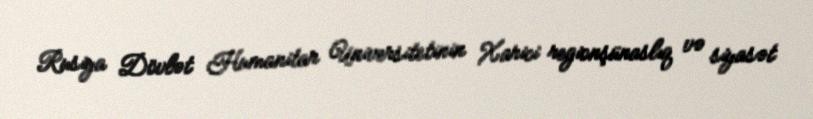
Rusiya Dövlət Humanitar Universitetinin Xarici regionşünaslıq və siyasət